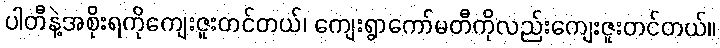
ပါတီနဲ့အစိုးရကိုကျေးဇူးတင်တယ်၊ ကျေးရွာကော်မတီကိုလည်းကျေးဇူးတင်တယ်။